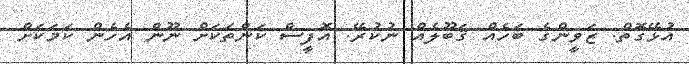
އުޅޭގޮތް. ޒަވީންގެ ބަހެއް ޤަބޫލެއް ނުކުރޭ. އޮފީސް ކަންތަކަށް ނޫން އެހެން ކަމަކަށް